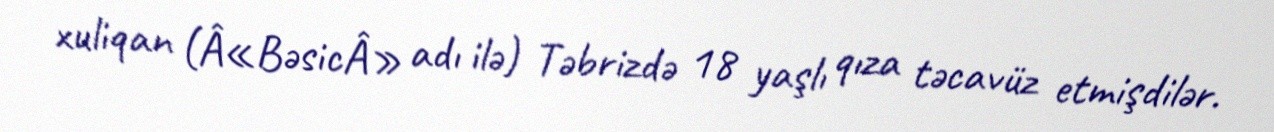
xuliqan (Â«BəsicÂ» adı ilə) Təbrizdə 18 yaşlı qıza təcavüz etmişdilər.